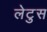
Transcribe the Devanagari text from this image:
लेटुस